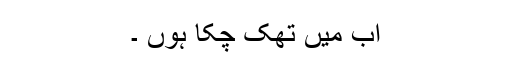
اب میں تھک چکا ہوں ۔